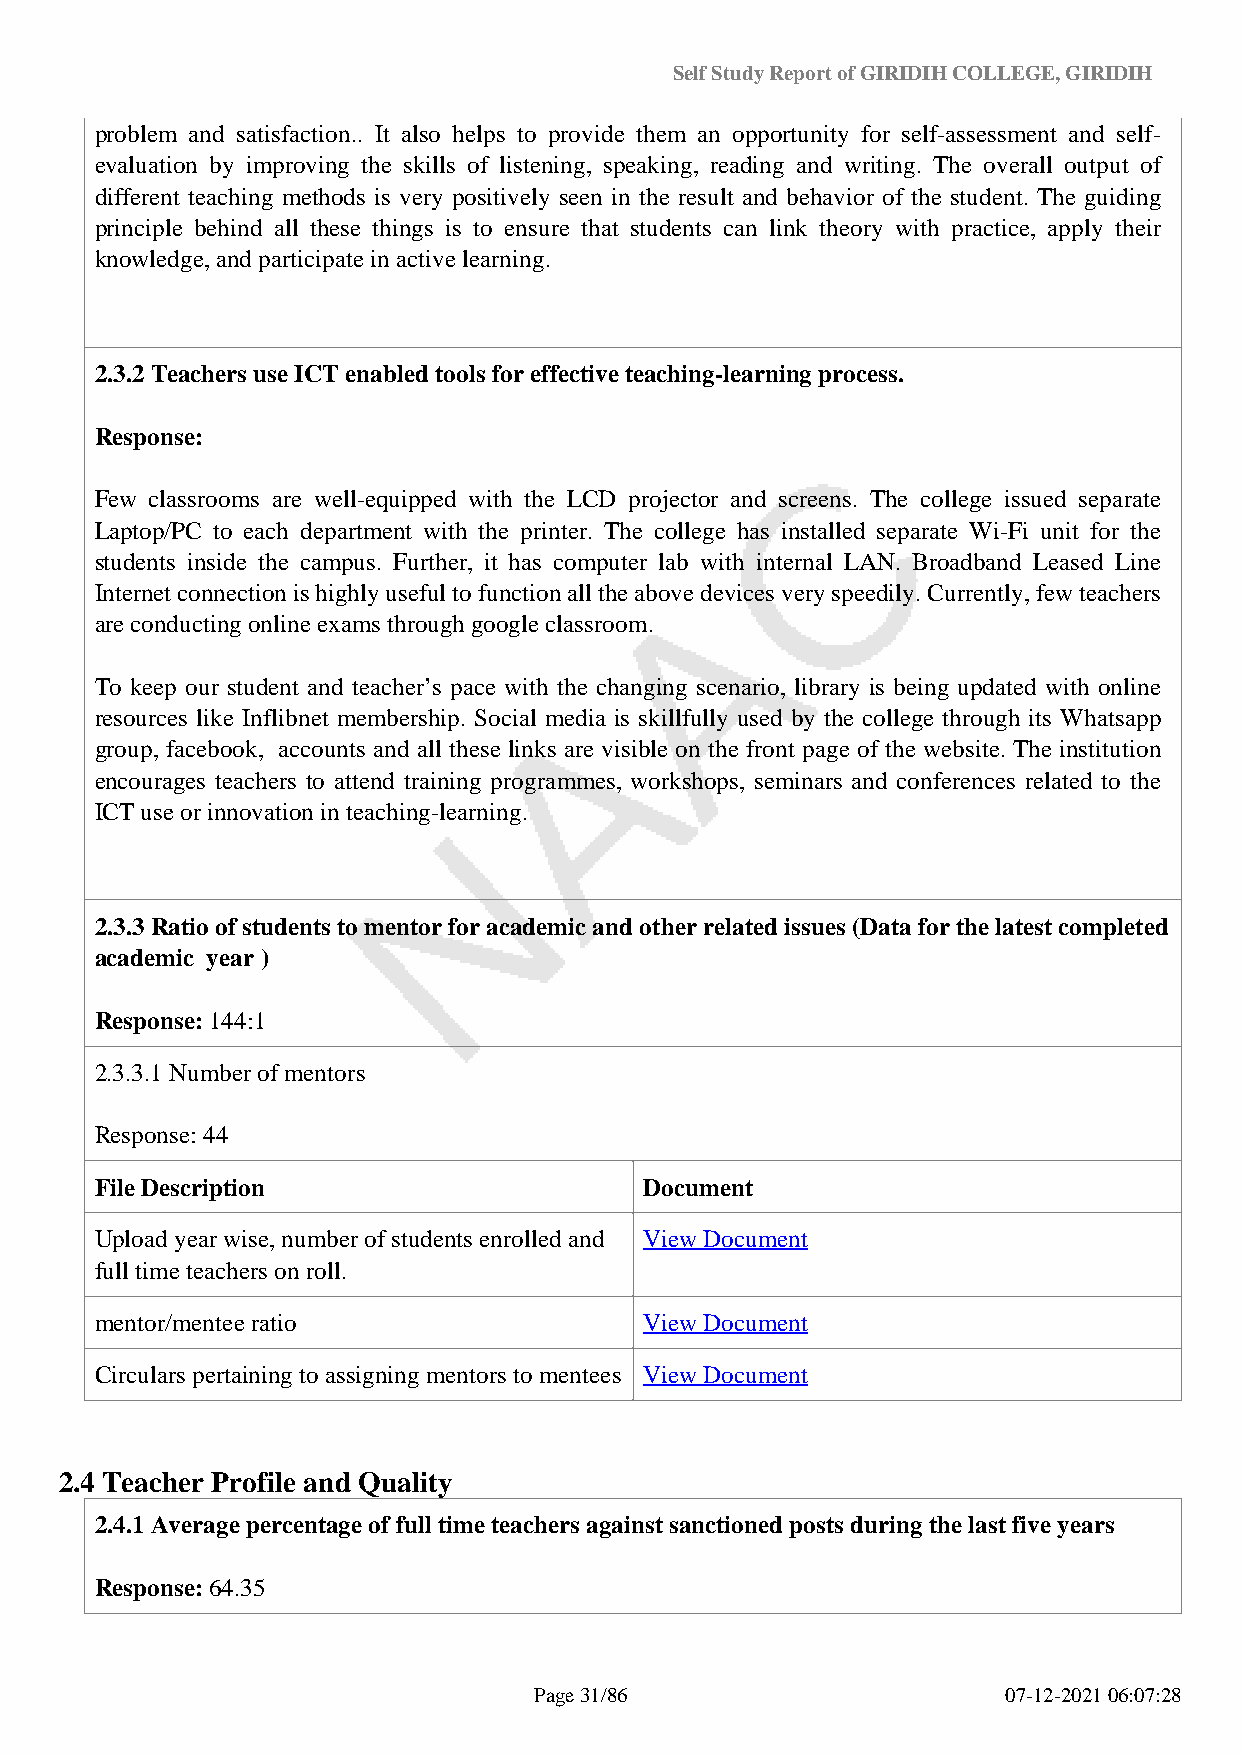
Self Study Report of GIRIDIH COLLEGE, GIRIDIH
 problem and satisfaction.. It also helps to provide them an opportunity for self-assessment and self-
 evaluation by improving the skills of listening, speaking, reading and writing. The overall output of
 different teaching methods is very positively seen in the result and behavior of the student. The guiding
 principle behind all these things is to ensure that students can link theory with practice, apply their
 knowledge, and participate in active learning.
 2.3.2 Teachers use ICT enabled tools for effective teaching-learning process.
 Response:
 Few classrooms are well-equipped with the LCD projector and screens. The college issued separate
 Laptop/PC to each department with the printer. The college has installed separate Wi-Fi unit for the
 students inside the campus. Further, it has computer lab with internal LAN. Broadband Leased Line
 Internet connection is highly useful to function all the above devices very speedily. Currently, few teachers
 are conducting online exams through google classroom.
 To keep our student and teacher’s pace with the changing scenario, library is being updated with online
 resources like Inflibnet membership. Social media is skillfully used by the college through its Whatsapp
 group, facebook, accounts and all these links are visible on the front page of the website. The institution
 encourages teachers to attend training programmes, workshops, seminars and conferences related to the
 ICT use or innovation in teaching-learning.
 2.3.3 Ratio of students to mentor for academic and other related issues (Data for the latest completed
 academic year )
 Response: 144:1
 2.3.3.1 Number of mentors
 Response: 44
 File Description                     Document
 Upload year wise, number of students enrolled and View Document
 full time teachers on roll.
 mentor/mentee ratio                  View Document
 Circulars pertaining to assigning mentors to mentees View Document
 2.4 Teacher Profile and Quality
 2.4.1 Average percentage of full time teachers against sanctioned posts during the last five years
 Response: 64.35
 Page 31/86                      07-12-2021 06:07:28